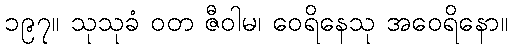
၁၉၇။ သုသုခံ ဝတ ဇီဝါမ၊ ဝေရိနေသု အဝေရိနော။